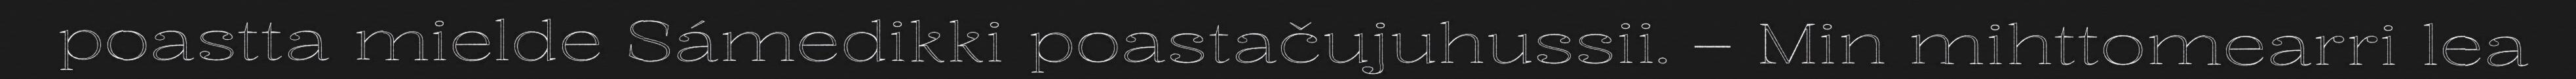
poastta mielde Sámedikki poastačujuhussii. – Min mihttomearri lea